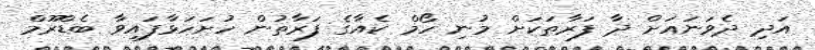
އަދި ދެވަނައަށް ދާ ފަރާތަކަށް މުނި ހޯމް ކެއާގެ ފަރާތުން ހުށަހަޅާފައިވާ ބެޑްރޫމް